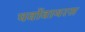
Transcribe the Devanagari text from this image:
पर्वोवायरस